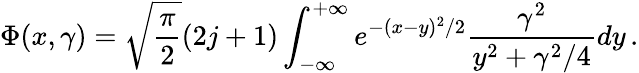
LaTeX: \Phi(x,\gamma)=\sqrt{\frac\pi 2}(2j+1)\int_{-\infty}^{+\infty}e^{-(x-y)^{2}/2}\frac{\gamma^{2}}{y^{2}+\gamma^{2}/4}dy\, .